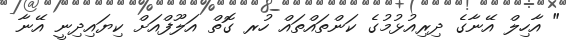
" އާހިލް އޭނާގެ ދިރިއުޅުމުގެ ކަންތައްތައް ހުރ ގޮތް އަލޫފްއަށް ކިޔައިދިނީ އޭނާ